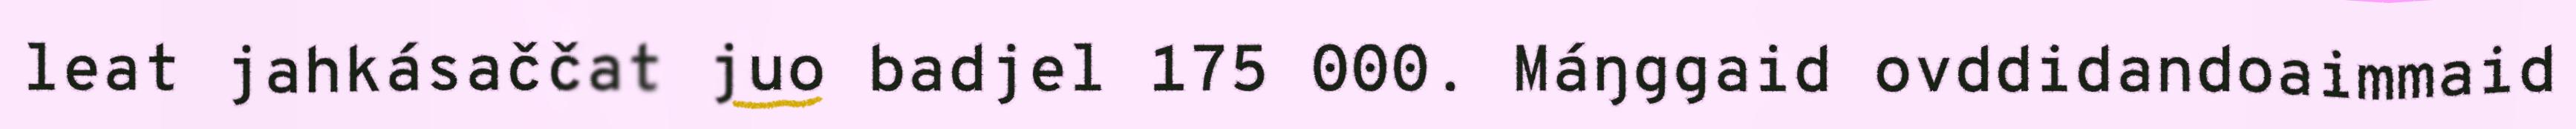
leat jahkásaččat juo badjel 175 000. Máŋggaid ovddidandoaimmaid